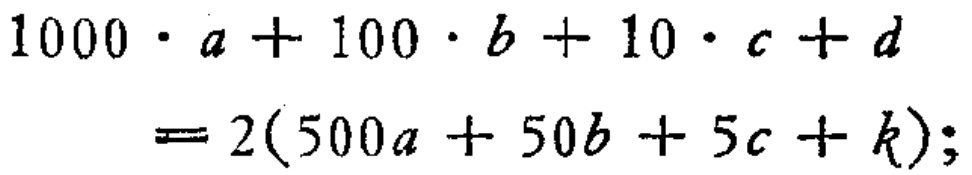
\[
\begin{align*}
1000\cdot a + 100\cdot b + 10\cdot c + d&= 2(500a + 50b + 5c + k);
\end{align*}
\]